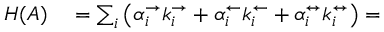
\begin{array} { r l } { H ( A ) } & { { } = \sum _ { i } \left( \alpha _ { i } ^ { \rightarrow } k _ { i } ^ { \rightarrow } + \alpha _ { i } ^ { \leftarrow } k _ { i } ^ { \leftarrow } + \alpha _ { i } ^ { \leftrightarrow } k _ { i } ^ { \leftrightarrow } \right) = } \end{array}